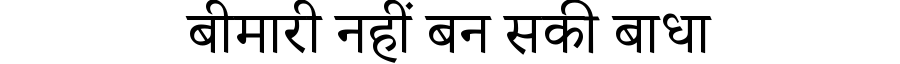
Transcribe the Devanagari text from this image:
बीमारी नहीं बन सकी बाधा